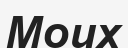
Моих